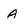
Character: A